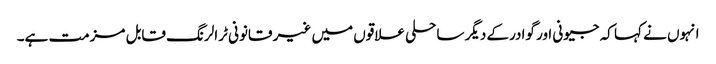
انہوں نے کہا کہ جیونی اور گوادرکے دیگر ساحلی علاقوں میں غیر قانونی ٹرالرنگ قابل مزمت ہے۔